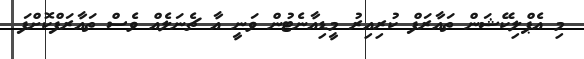
މި އެޕްލިކޭޝަން ތައާރަފް ކުރިއިރު މީޑިއާނެޓުން ވަނީ އާ ޗެނަލެއް ވެސް ތައާރަފްކޮށްފަ